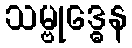
သမ္ဗုဒ္ဓေန